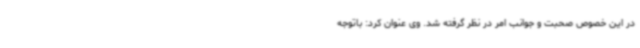
در این خصوص صحبت و جوانب امر در نظر گرفته شد. وی عنوان کرد: باتوجه